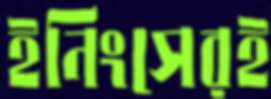
ইনিংসেরই